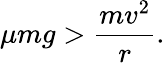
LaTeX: \mu mg>{\frac{mv^{2}}{r}}.